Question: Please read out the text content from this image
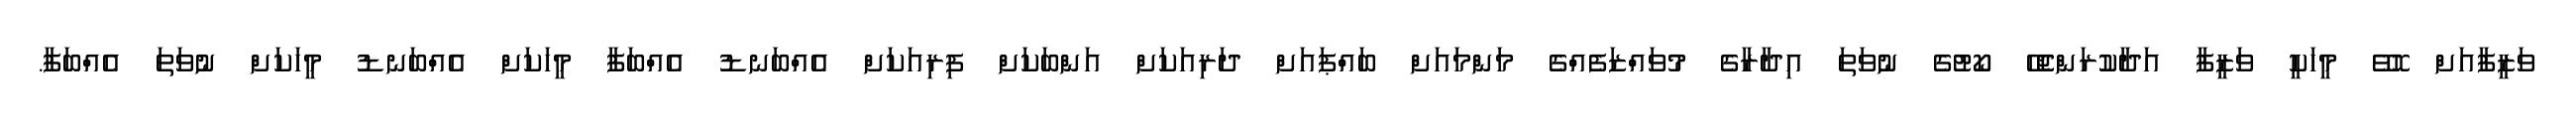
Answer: ވަޒީފާއަށް ހޮވޭ މީހަކީ ވަޒީފާ އަދާކުރަންޖެހޭ ކޯޓުގެ ނުވަތަ އިދާރާގެ މުވައްޒަފެއްގެ މަންމައަށް ބައްޕައަށް ދަރިއަކަށް އަންބަކަށް ފިރިއަކަށް އެއްބަނޑު އެއްބަފާ މީހަކަށް އެއްބަނޑު މީހަކަށް ނުވަތަ އެއްބަފާ.